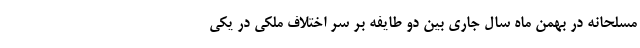
مسلحانه در بهمن ماه سال جاری بین دو طایفه بر سر اختلاف ملکی در یکی